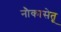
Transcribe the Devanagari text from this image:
नौकासेतू